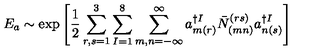
E _ { a } \sim \exp \left[ \frac { 1 } { 2 } \sum _ { r , s = 1 } ^ { 3 } \sum _ { I = 1 } ^ { 8 } \sum _ { m , n = - \infty } ^ { \infty } a _ { m ( r ) } ^ { \dagger I } \bar { N } _ { ( m n ) } ^ { ( r s ) } a _ { n ( s ) } ^ { \dagger I } \right]